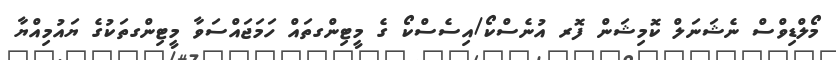
މޯލްޑިވްސް ނެޝަނަލް ކޮމިޝަން ފޮރ އުނެސްކޯ/އިސެސްކޯ ގެ މީޓިންގތައް ހަމަޖައްސަވާ މީޓިންގތަކުގެ ޔައުމިއްޔާ